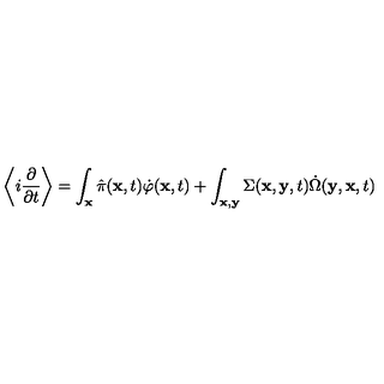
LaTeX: \left\langle i \frac { \partial } { \partial t } \right\rangle = \int _ { \bf x } \hat { \pi } ( { \bf x } , t ) \dot { \varphi } ( { \bf x } , t ) + \int _ { \bf x , y } \Sigma ( { \bf x } , { \bf y } , t ) \dot { \Omega } ( { \bf y } , { \bf x } , t )